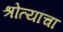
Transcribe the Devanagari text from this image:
श्रोत्यांचा